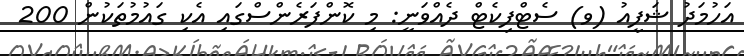
އަހުމަދު ޝަފީއު (ވ) ސެޓްފިކެޓް ދެއްވަނީ: މި ކޮންފަރެންސްގައި އެކި ގައުމުތަކުން 200